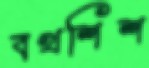
বখশিশ